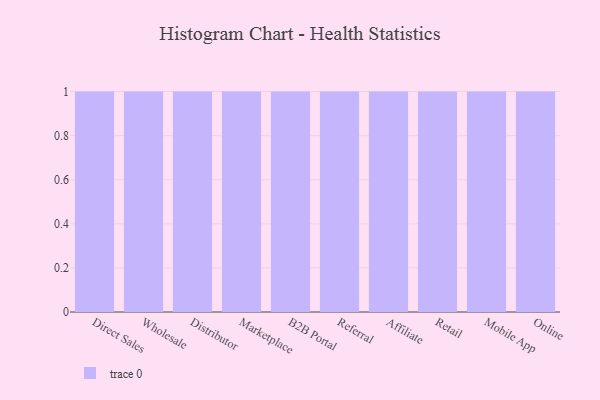
{"axis": {"x": "Channel", "y": "Gross Profit (USD K)"}, "legend": [""], "data": [{"x": "Direct Sales", "y": 1, "type": ""}, {"x": "Wholesale", "y": 54, "type": ""}, {"x": "Distributor", "y": 12, "type": ""}, {"x": "Marketplace", "y": 27, "type": ""}, {"x": "B2B Portal", "y": 55, "type": ""}, {"x": "Referral", "y": 8, "type": ""}, {"x": "Affiliate", "y": 90, "type": ""}, {"x": "Retail", "y": 73, "type": ""}, {"x": "Mobile App", "y": 4, "type": ""}, {"x": "Online", "y": 56, "type": ""}]}